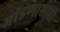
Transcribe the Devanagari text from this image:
भांडणासाठी